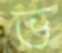
ভ